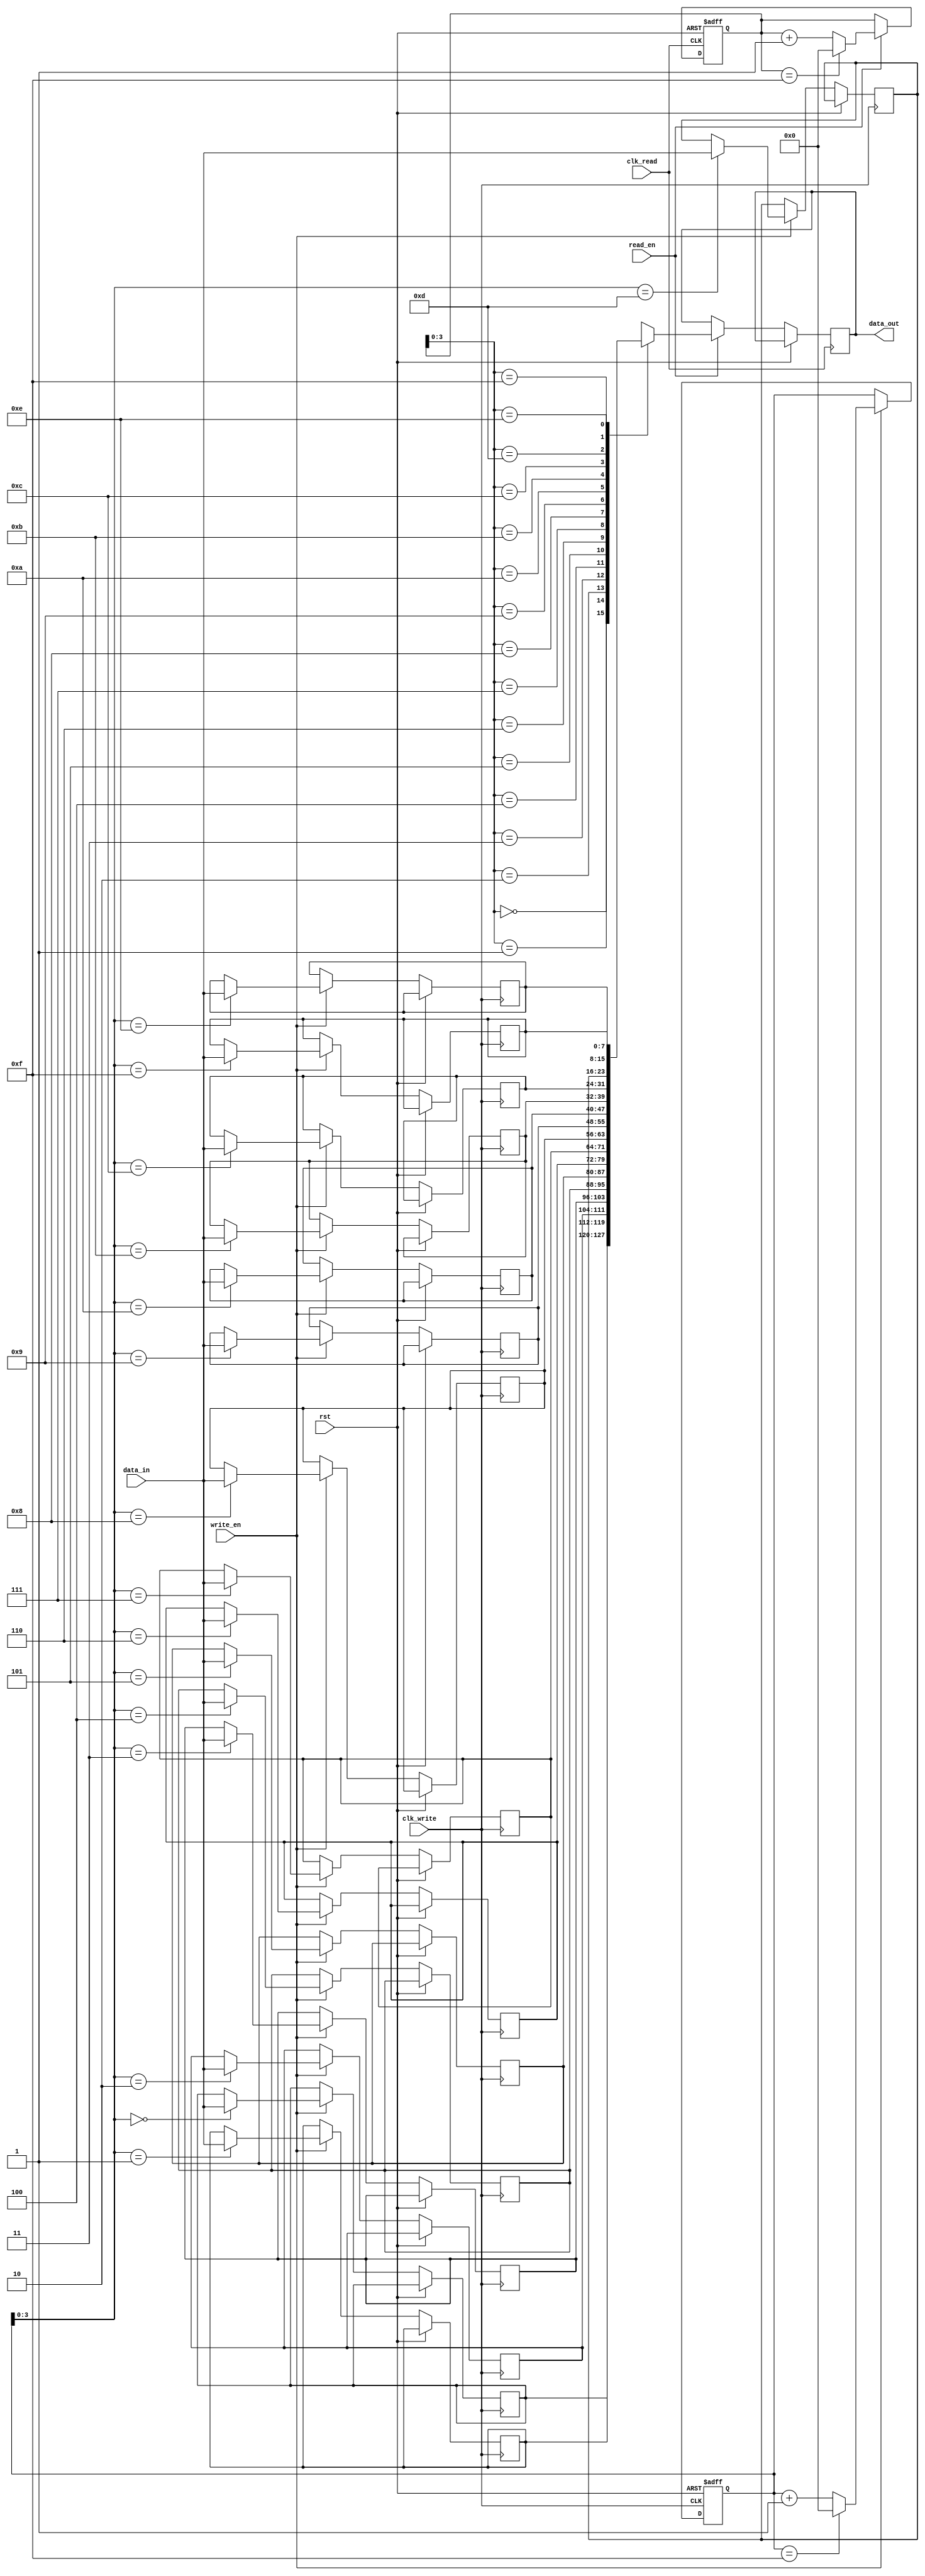
module dual_port_fifo (
  input wire rst,
  input wire clk_write,
  input wire clk_read,
  input wire [DATA_WIDTH-1:0] data_in,
  input wire write_en,
  input wire read_en,
  output reg [DATA_WIDTH-1:0] data_out
);

parameter DATA_WIDTH = 8;
parameter DEPTH = 16;

reg [DATA_WIDTH-1:0] buffer [DEPTH-1:0];
reg [4:0] wr_ptr = 0;
reg [4:0] rd_ptr = 0;

always @(posedge clk_write or posedge rst) begin
  if (rst) begin
    wr_ptr <= 0;
  end else if (write_en) begin
    buffer[wr_ptr] <= data_in;
    wr_ptr <= (wr_ptr == DEPTH-1) ? 0 : wr_ptr + 1;
  end
end

always @(posedge clk_read or posedge rst) begin
  if (rst) begin
    rd_ptr <= 0;
  end else if (read_en) begin
    data_out <= buffer[rd_ptr];
    rd_ptr <= (rd_ptr == DEPTH-1) ? 0 : rd_ptr + 1;
  end
end

endmodule